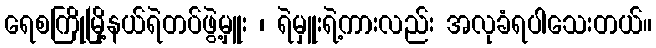
ရေစကြိုမြို့နယ်ရဲတပ်ဖွဲ့မှူး ၊ ရဲမှူးရဲ့ကားလည်း အလုခံရပါသေးတယ်။